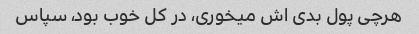
هرچی پول بدی اش میخوری، در کل خوب بود، سپاس